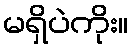
မရှိပဲကိုး။